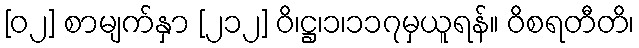
[၀၂] စာမျက်နှာ [၂၁၂] ဝိ၊ဋ္ဌ၊၁၊၁၁၇မှယူရန်။ ဝိစရတီတိ၊